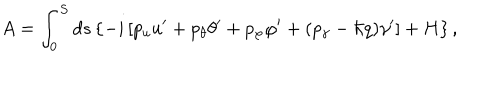
LaTeX: A = \int _ { 0 } ^ { S } d s \left\{ - i \left[ p _ { u } u ^ { \prime } + p _ { \theta } \theta ^ { \prime } + p _ { \varphi } \varphi ^ { \prime } + ( p _ { \gamma } - \hbar q ) \gamma ^ { \prime } \right] + H \right\} ,